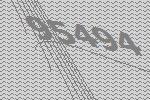
95494